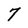
Character: 7